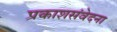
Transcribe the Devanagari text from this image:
प्रकाशसंवेदना